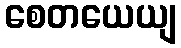
စေတယေယျ